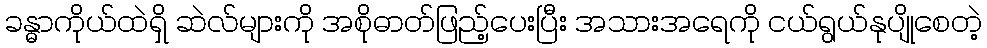
ခန္ဓာကိုယ်ထဲရှိ ဆဲလ်များကို အစိုဓာတ်ဖြည့်ပေးပြီး အသားအရေကို ငယ်ရွယ်နုပျိုစေတဲ့